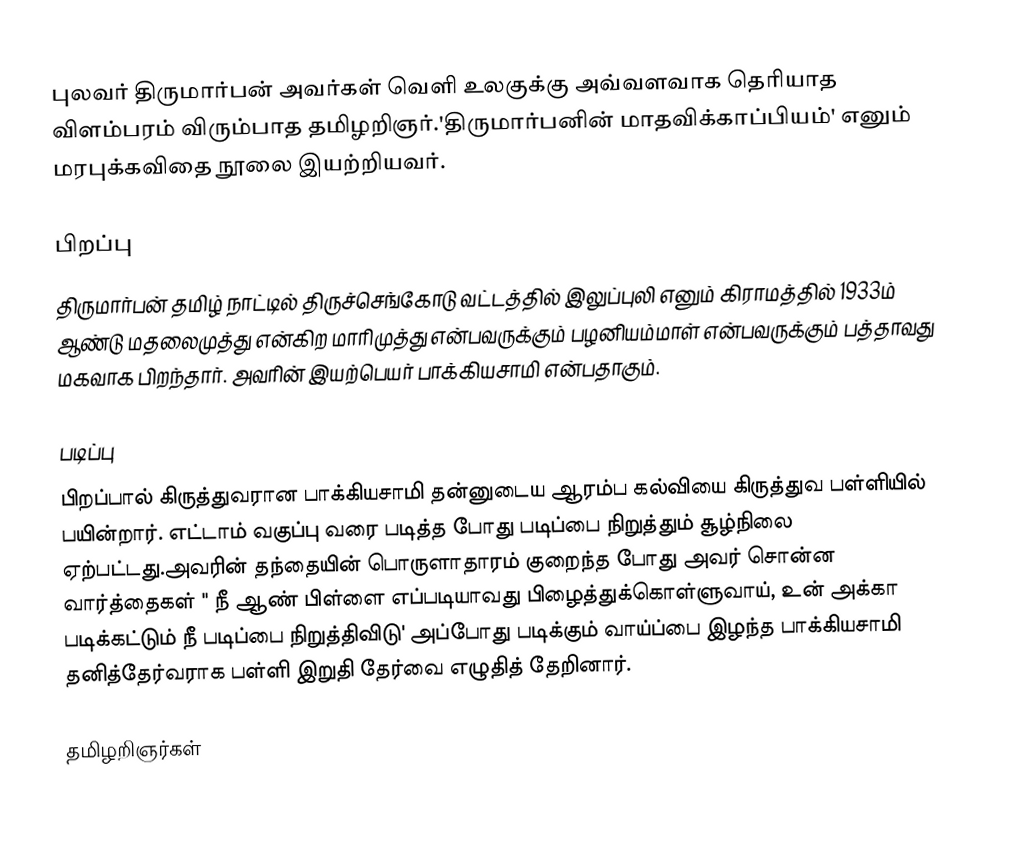
புலவர் திருமார்பன் அவர்கள் வெளி உலகுக்கு அவ்வளவாக தெரியாத விளம்பரம் விரும்பாத தமிழறிஞர்.'திருமார்பனின் மாதவிக்காப்பியம்' எனும் மரபுக்கவிதை நூலை இயற்றியவர்.

பிறப்பு
திருமார்பன் தமிழ் நாட்டில் திருச்செங்கோடு வட்டத்தில் இலுப்புலி எனும் கிராமத்தில் 1933ம் ஆண்டு மதலைமுத்து என்கிற மாரிமுத்து என்பவருக்கும் பழனியம்மாள் என்பவருக்கும் பத்தாவது மகவாக பிறந்தார். அவரின் இயற்பெயர் பாக்கியசாமி என்பதாகும்.

படிப்பு
பிறப்பால் கிருத்துவரான பாக்கியசாமி தன்னுடைய ஆரம்ப கல்வியை கிருத்துவ பள்ளியில் பயின்றார். எட்டாம் வகுப்பு வரை படித்த போது படிப்பை நிறுத்தும் சூழ்நிலை ஏற்பட்டது.அவரின் தந்தையின் பொருளாதாரம் குறைந்த போது அவர் சொன்ன வார்த்தைகள் " நீ ஆண் பிள்ளை எப்படியாவது பிழைத்துக்கொள்ளுவாய், உன் அக்கா படிக்கட்டும் நீ படிப்பை நிறுத்திவிடு' அப்போது படிக்கும் வாய்ப்பை இழந்த பாக்கியசாமி தனித்தேர்வராக பள்ளி  இறுதி தேர்வை எழுதித் தேறினார்.

தமிழறிஞர்கள்